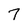
Character: 7